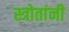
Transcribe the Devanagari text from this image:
स्त्रोतांनी